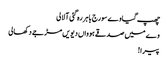
چھپ گیا وے سورج باہر رہ گئی آ لالی
وے میں صدقے ہوواں دیویں مڑ جے دکھالی
پیرا!